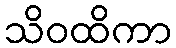
သိဝထိကာ